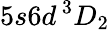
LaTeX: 5s6d\, ^{3}D_{2}